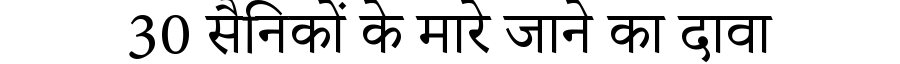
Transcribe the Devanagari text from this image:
30 सैनिकों के मारे जाने का दावा